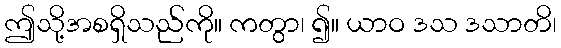
ဤသို့အစရှိသည်ကို။ ကတွာ၊ ၍။ ယာဝ ဒသ ဒသာတိ၊